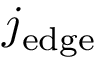
j _ { \mathrm { e d g e } }